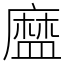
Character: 𥂓